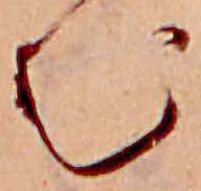
む